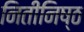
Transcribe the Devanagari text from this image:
नितीनिष्ठ